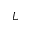
L